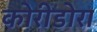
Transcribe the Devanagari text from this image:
कोरीडोरा